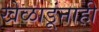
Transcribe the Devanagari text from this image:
खेळाडूंनाही